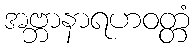
အဗ္ဘာနာရဟဝတ္တံ